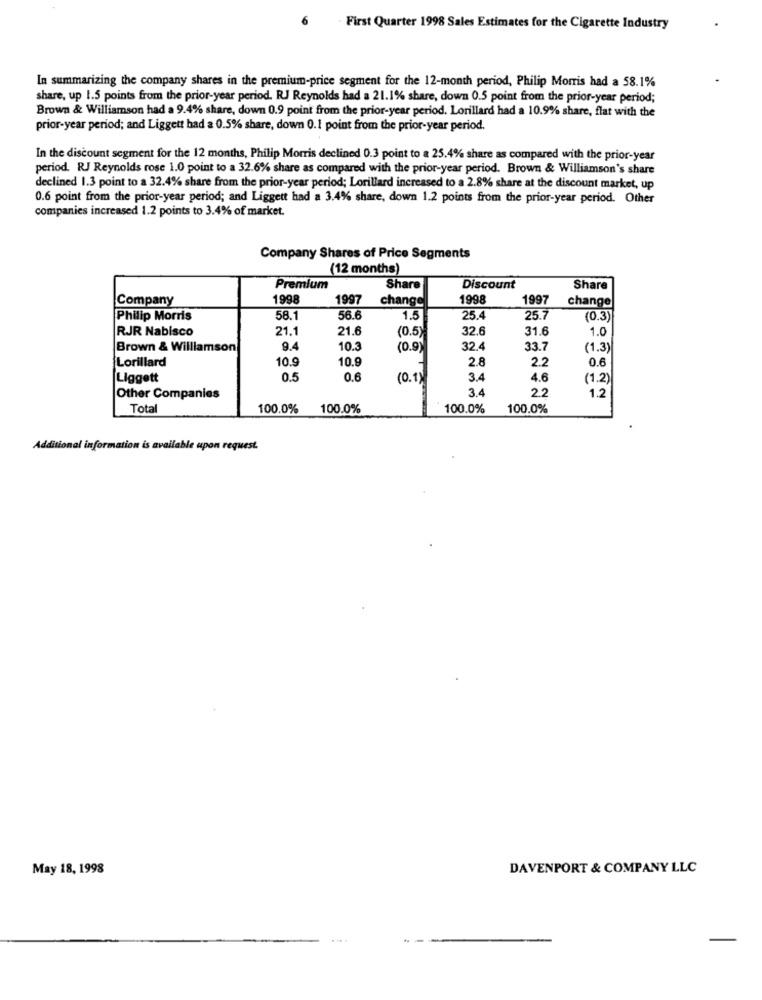
6
First Quarter 1998 Sales Estimates for the Cigarette Industry
In summarizing the company shares in the premium-price segment for the 12-month period, Philip Morris had a 58.1%
share, up 1.5 points from the prior-year period. RJ Reynolds had a 21.1% share, down 0.5 point from the prior-year period;
Brown & Williamson had a 9.4% share, down 0.9 point from the prior-year period. Lorillard had a 10.9% share, flat with the
prior-year period; and Liggett had a 0.5% share, down 0.1 point from the prior-year period.
In the discount segment for the 12 months, Philip Morris declined 0.3 point to a 25.4% share as compared with the prior-year
period. RJ Reynolds rose 1.0 point to a 32.6% share as compared with the prior-year period. Brown & Williamson's share
declined 1.3 point to a 32.4% share from the prior-year period; Lorillard increased to a 2.8% share at the discount market, up
0.6 point from the prior-year period; and Liggett had a 3.4% share, down 1.2 points from the prior-year period. Other
companies increased 1.2 points to 3.4% of market.
Company Shares of Price Segments
(12 months)
Premium
Share
Discount
Share
Company
1998
1997
change
1998
1997
change
Philip Morris
58.1
56.
1.5
25.4
25.7
(0.3)
RJR Nabisco
21.1
21.6
32.6
31.6
1.0
(0.5)
Brown & Williamson
9.4
10.3
(0.9)
32.4
33.7
(1.3
Lorillard
10.9
10.9
2.8
0.6
2.2
Liggett
0.5
0.6
(0.1)
3.4
4.6
(1.2)
34
2.2
Other Companies
1.2
Total
100.0%
100.0%
100.0%
100.0%
Additional information is available upon request.
May 18, 1998
DAVENPORT & COMPANY LLC